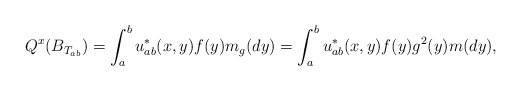
\begin{align*}Q^x(B_{T_{ab}})=\int_a^b u^*_{ab}(x,y)f(y) m_g(dy)=\int_a^b u^*_{ab}(x,y)f(y) g^2(y)m(dy),\end{align*}